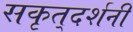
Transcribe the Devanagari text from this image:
सकृत्‌दर्शनी